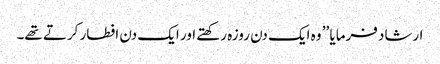
ارشاد فرمایا ’’ وہ ایک دن روزہ رکھتے اور ایک دن افطار کرتے تھے۔